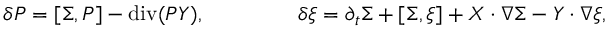
\delta { \cal P } = [ \Sigma , { \cal P } ] - \operatorname { d i v } ( { \cal P } \boldsymbol { \cal Y } ) , \qquad \qquad \ \delta \xi = \partial _ { t } \Sigma + [ \Sigma , \xi ] + \boldsymbol { \cal X } \cdot \nabla \Sigma - \boldsymbol { \cal Y } \cdot \nabla \xi ,